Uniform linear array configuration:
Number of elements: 4
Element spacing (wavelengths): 0.25
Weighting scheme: blackman
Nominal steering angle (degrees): -45
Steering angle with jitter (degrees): -44.411
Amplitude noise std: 0.05
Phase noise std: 0.05

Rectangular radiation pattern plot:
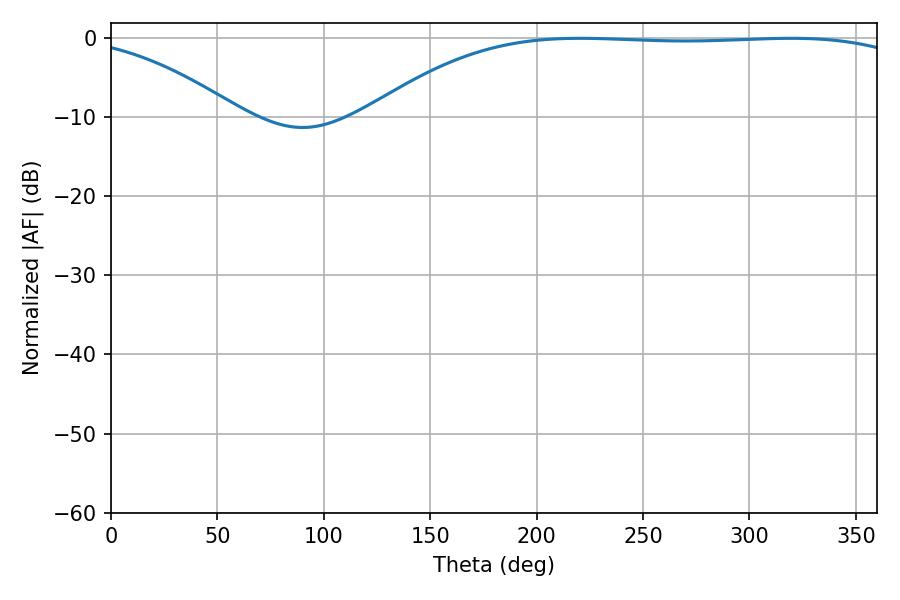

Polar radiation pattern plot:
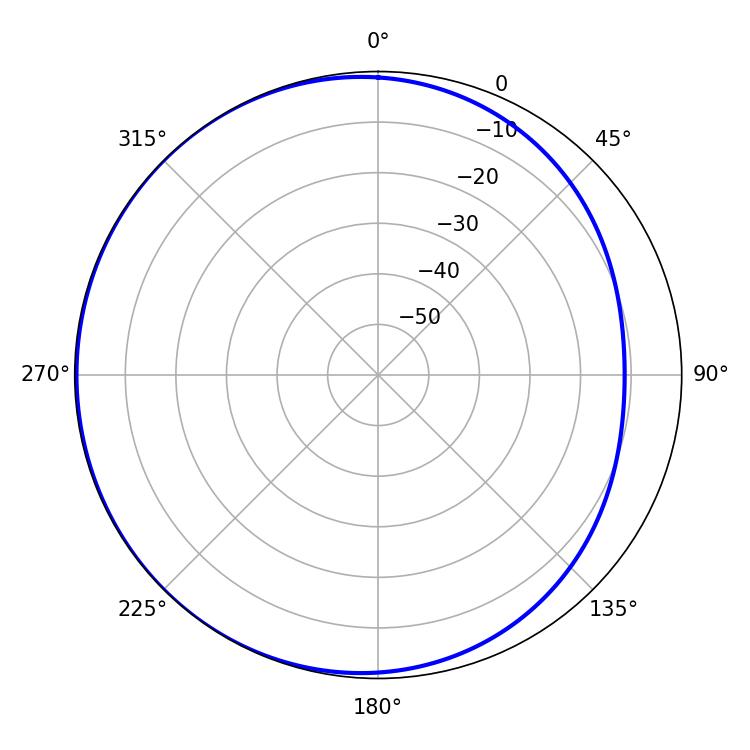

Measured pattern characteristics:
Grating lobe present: FALSE
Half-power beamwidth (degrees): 200.52
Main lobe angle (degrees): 220.32